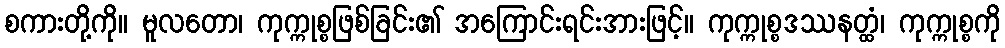
စကားတို့ကို။ မူလတော၊ ကုက္ကုစ္စဖြစ်ခြင်း၏ အကြောင်းရင်းအားဖြင့်။ ကုက္ကုစ္စဒဿနတ္ထံ၊ ကုက္ကုစ္စကို